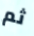
ثم